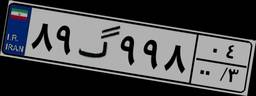
۸۹گ۹۹۸۰۴